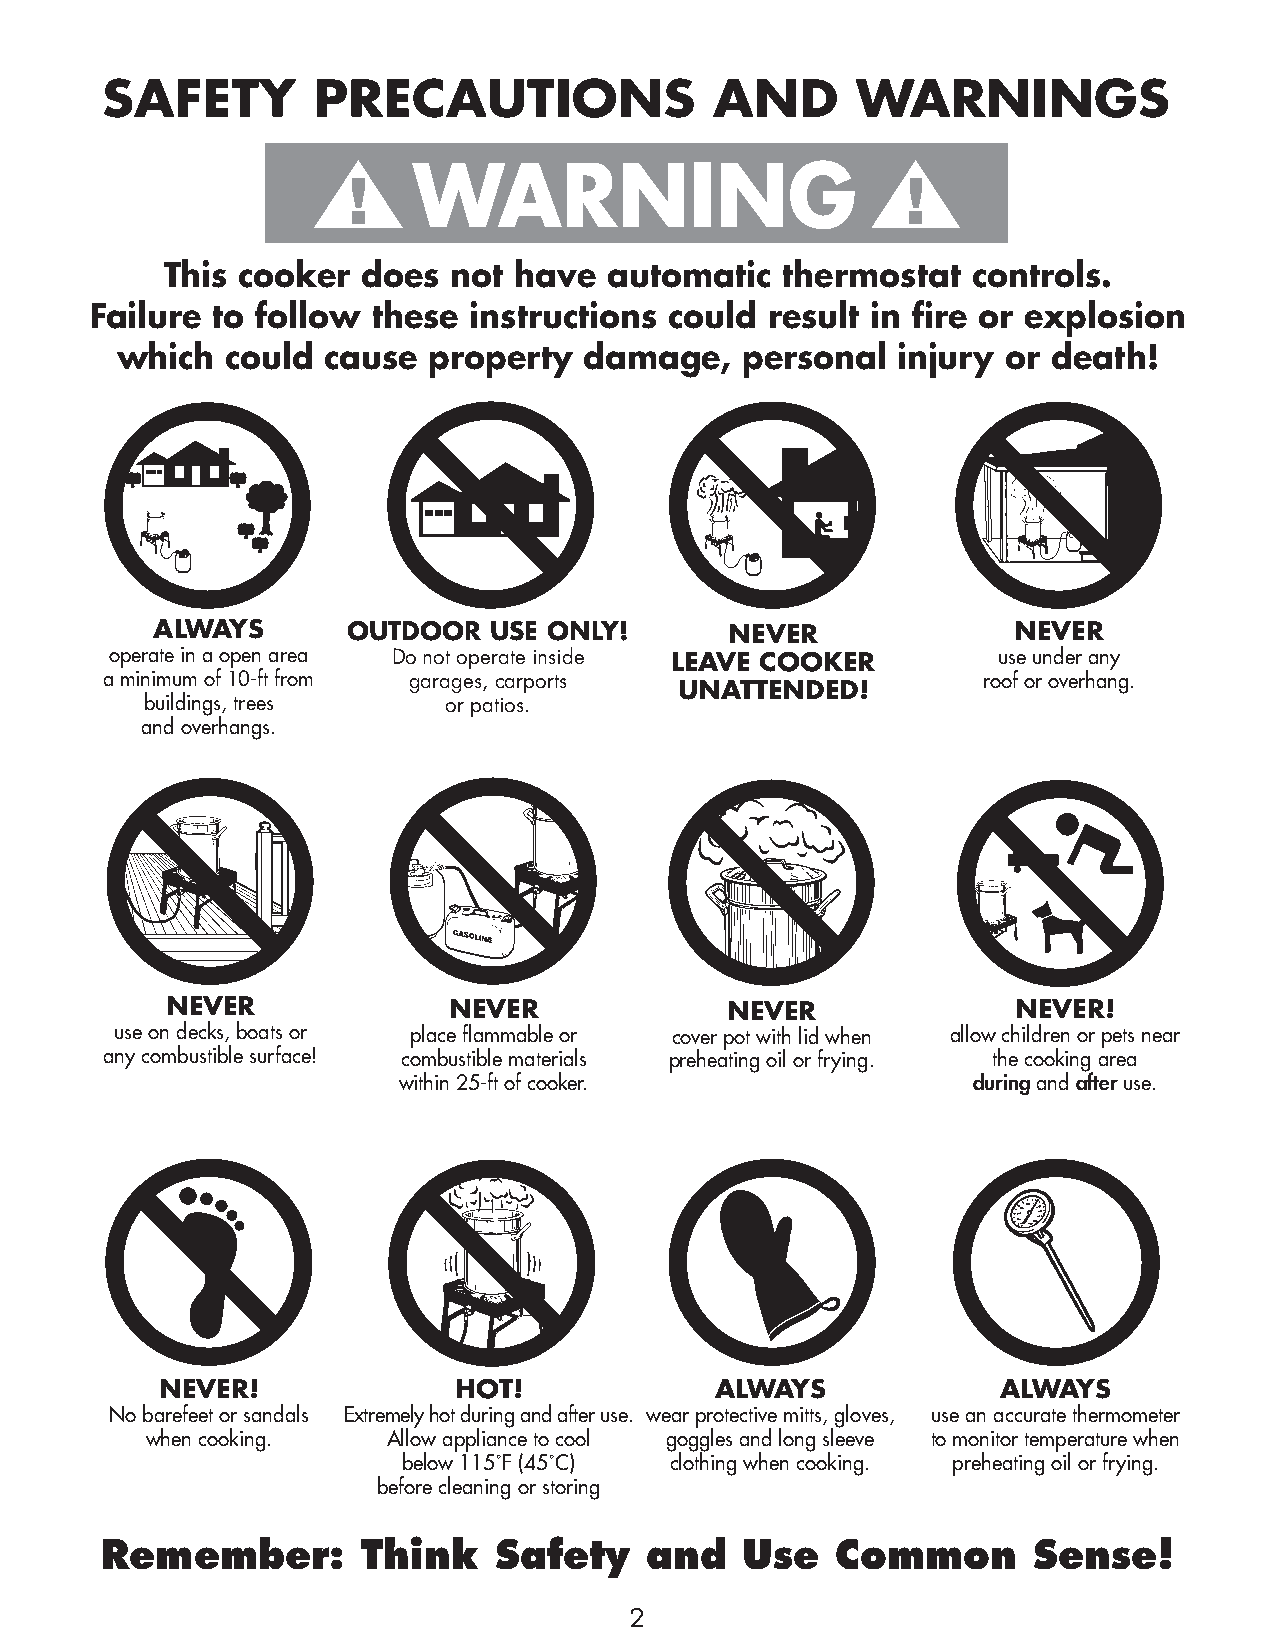
SAFETY        PRECAUTIONS               AND       WARNINGS
 WARNING
 This cooker  does  not have  automatic   thermostat  controls.
 Failure to follow  these instructions could  result in fire or explosion
 which  could  cause property   damage,   personal  injury  or death!
 ALWAYS       OUTDOOR  USE ONLY!       NEVER              NEVER
 operate in a open area Do not operate inside LEAVE COOKER  use under any
 a minimum of 10-ft from garages, carports                 roof or overhang.
 UNATTENDED!
 buildings, trees   or patios.
 and overhangs.
 NEVER              NEVER             NEVER              NEVER!
 use on decks, boats or place flammable or cover pot with lid when allow children or pets near
 any combustible surface! combustible materials preheating oil or frying. the cooking area
 within 25-ft of cooker.               during and after use.
 NEVER!             HOT!             ALWAYS             ALWAYS
 No barefeet or sandals Extremely hot during and after use. wear protective mitts, gloves, use an accurate thermometer
 when cooking.   Allow appliance to cool goggles and long sleeve to monitor temperature when
 below 115˚F (45˚C) clothing when cooking. preheating oil or frying.
 before cleaning or storing
 Remember:        Think    Safety    and   Use   Common       Sense!
 2